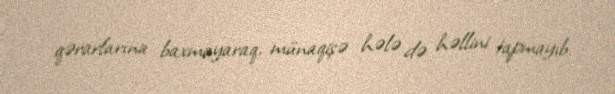
qərarlarına baxmayaraq, münaqişə hələ də həllini tapmayıb.